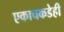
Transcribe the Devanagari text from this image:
एकाचकडेही